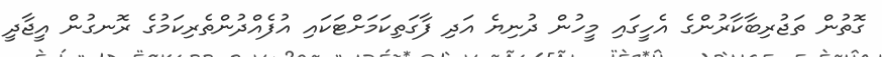
ގޮތުން ތަޖުރިބާކާރުންގެ އެހީގައި މީހުން ދުނިޔެ އަދި ފާގަތިކަމަށްޓަކައި އުފެއްދުންތެރިކަމުގެ ރޮނގުން އީޖާދީ